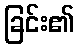
ခြင်း၏